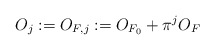
\begin{align*} O_j: = O_{F, j} := O_{F_0} + \pi^j O_{F}\end{align*}